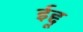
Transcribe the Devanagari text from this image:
ईद्दू